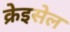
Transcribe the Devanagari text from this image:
क्रेइसेल